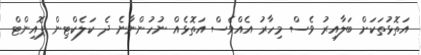
އަތޮޅުތަކަށް ބަލާއިރު ވެސް މިހާރު އެއްވެސް އަތޮޅެއް ނުހުންނާނެ ދެ ކަލެކްޓިން ޕޮއިންޓް